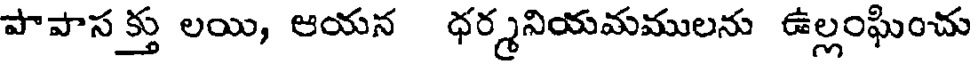
పాపాస క్తు లయి, ఆయన ధర్మనియమములను ఉల్లంఘించు